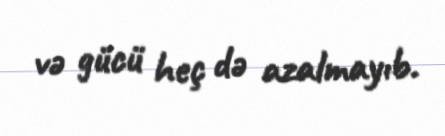
və gücü heç də azalmayıb.